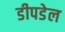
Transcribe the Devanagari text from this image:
डीपडेल